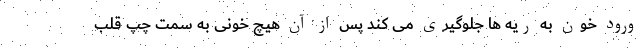
ورود خون به ریه ها جلوگیری می کند پس از آن هیچ خونی به سمت چپ قلب